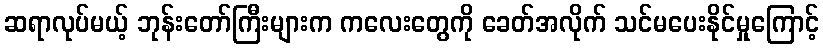
ဆရာလုပ်မယ့် ဘုန်းတော်ကြီးများက ကလေးတွေကို ခေတ်အလိုက် သင်မပေးနိုင်မှုကြောင့်